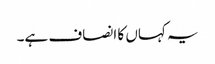
یہ کہاں کا انصاف ہے۔